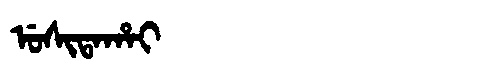
Manchu: ᡠᠰᡳᡨᠠᡥᠠᡳ
Romanization: USITAHAI